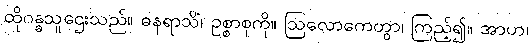
ထိုဂန္ဓသူဌေးသည်။ ဓနရာသိံ၊ ဥစ္စာစုကို။ ဩလောကေတွာ၊ ကြည့်၍။ အာဟ၊